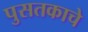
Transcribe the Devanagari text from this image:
पुसतकाचे